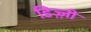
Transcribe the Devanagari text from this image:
डिज़्ज़ी